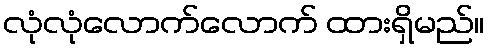
လုံလုံလောက်လောက် ထားရှိမည်။